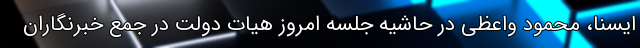
ایسنا، محمود واعظی در حاشیه جلسه امروز هیات دولت در جمع خبرنگاران